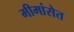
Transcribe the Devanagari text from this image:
मीमांसेत